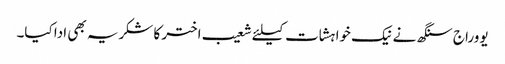
یووراج سنگھ نے نیک خواہشات کیلئے شعیب اختر کا شکریہ بھی ادا کیا۔